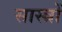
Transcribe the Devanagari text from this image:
सास्त्रों